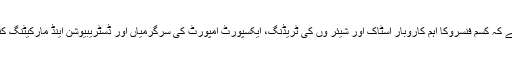
شاہ کے وکیل کا کہنا ہے کہ کسم فِنسروکا اہم کاروبار اسٹاک اور شیئر وں کی ٹریڈنگ، ایکسپورٹ امپورٹ کی سرگرمیاں اور ڈسٹریبیوشن اینڈ مارکیٹنگ کنسلٹینسی خدمات کا ہے۔